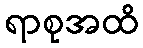
ရာစုအထိ